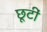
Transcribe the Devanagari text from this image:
छूटीं